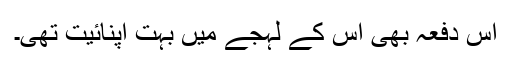
اس دفعہ بھی اس کے لہجے میں بہت اپنائیت تھی۔